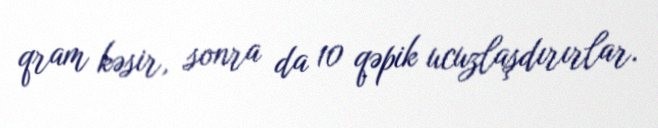
qram kəsir, sonra da 10 qəpik ucuzlaşdırırlar.